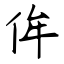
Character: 侔